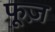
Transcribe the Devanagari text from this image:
फूज़